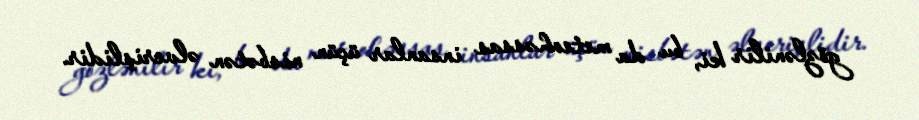
gözlənilir ki, bu da meteohəssas insanlar üçün nisbətən əlverişlidir.